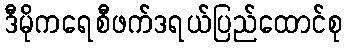
ဒီမိုကရေစီဖက်ဒရယ်ပြည်ထောင်စု